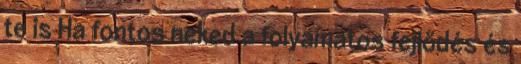
te is Ha fontos neked a folyamatos fejlődés és